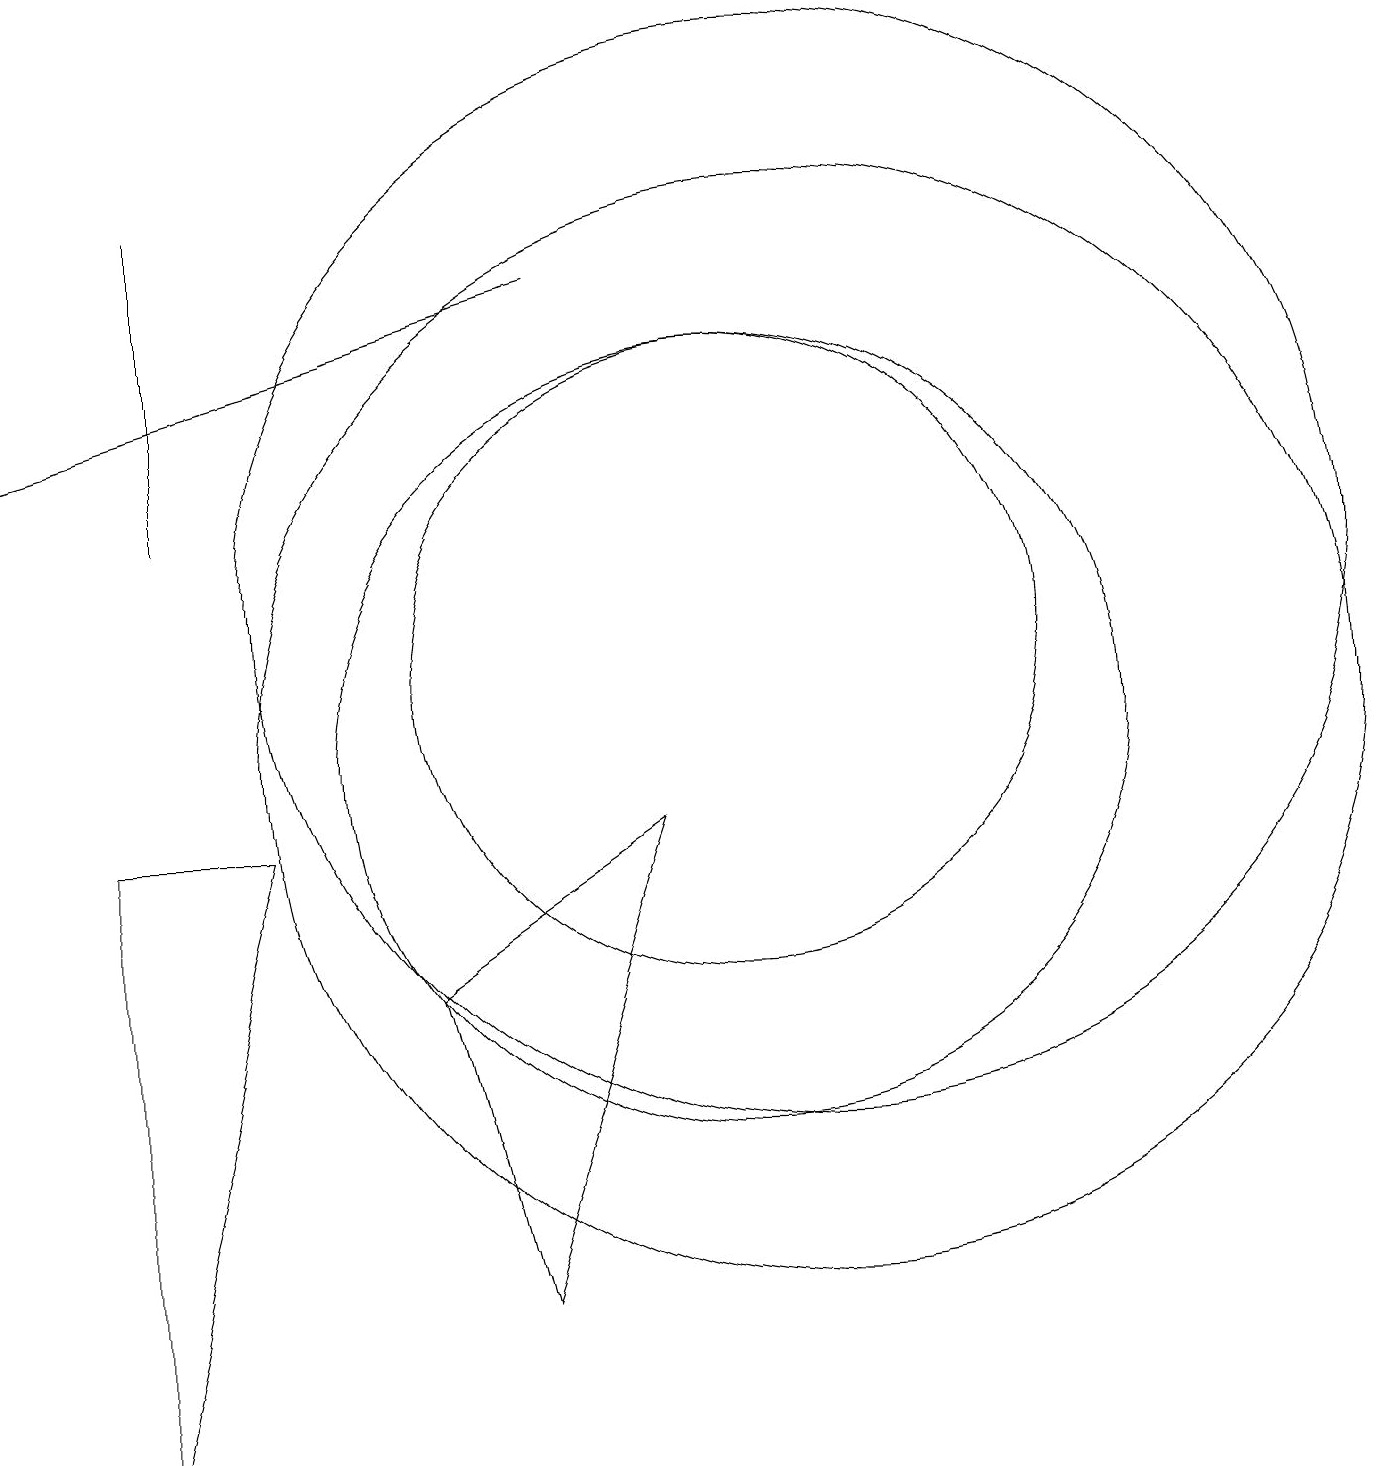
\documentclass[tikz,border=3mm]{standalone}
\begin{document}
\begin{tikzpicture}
\draw[->] (8,16) -- (1,14);
\draw (3,17) rectangle (3,13);
\draw (4,9) -- (2,1) -- (2,9) -- cycle;
\draw (11,12) circle (7);
\draw (6,7) -- (7,3) -- (9,9) -- cycle;
\draw (10,10) circle (5);
\draw (11,10) circle (7);
\draw (10,11) circle (4);
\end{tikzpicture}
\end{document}